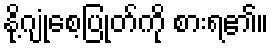
နို့ဂျုံစေ့ပြုတ်ကို စားရ၏။